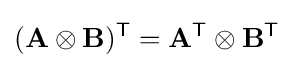
(\mathbf {A} \otimes \mathbf {B} )^{\textsf {T}}=\mathbf {A} ^{\textsf {T}}\otimes \mathbf {B} ^{\textsf {T}}